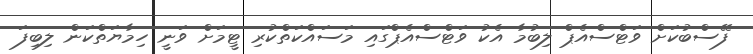
ފޭސްބުކަށް ވަޓްސްއެޕް ލިބުމާ އެކު ވަޓްސްއެޕްގައި މަސައްކަތްކުރި ޓީމަށް ވަނީ ހިމާޔަތްކަން ލިބިފަ